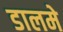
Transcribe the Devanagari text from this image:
डालमे